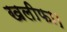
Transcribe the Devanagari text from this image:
खलीफा।